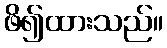
ဖိ၍ထားသည်။